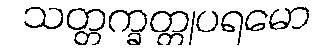
သတ္တက္ခတ္တုပရမော